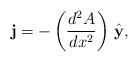
LaTeX: \begin{align*}{\bf j}=-\left({d^2 A\over dx^2}\right)\,{\hat {\bf y}},\end{align*}